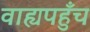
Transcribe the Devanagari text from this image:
वाह्यपहुँच